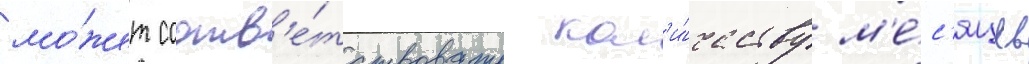
мо́жет соотв'е́тствовать кол'и́честву м'е́с'яцев